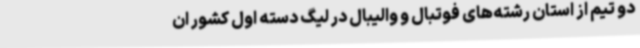
دو تیم از استان رشته‌های فوتبال و والیبال در لیگ دسته اول کشور ان